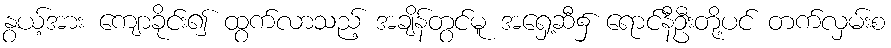
နွယ့်အား ကျောခိုင်း၍ ထွက်လာသည့် အချိန်တွင်မူ အရှေ့ဆီ၌ ရောင်နီဦးတို့ပင် တက်လှမ်းစ